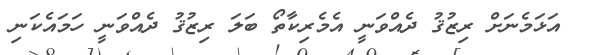
އަޅަމެނަށް ރިޒުޤު ދެއްވަނީ އެމެރިކާތޯ ބަލަ ރިޒުޤު ދެއްވަނީ ހަމައެކަނި